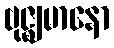
ဗုဇ္ဈမာနော